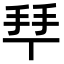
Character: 𢫶